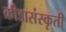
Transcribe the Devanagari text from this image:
क्रीडासंस्कृती